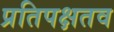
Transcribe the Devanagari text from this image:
प्रतिपक्षतव